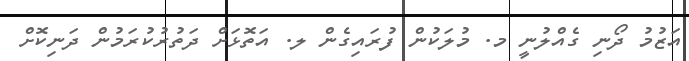
އަޒުމު ދޯނި ގެއްލުނީ މ. މުލަކުން ފުރައިގެން ލ. އަތޮޅަށް ދަތުރުކުރަމުން ދަނިކޮށް